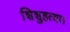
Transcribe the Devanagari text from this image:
शिशुहत्या।